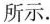
所示。